Leprosy in India: report of the Leprosy Commission in India, 1890-91
Year: 1890
Disease focus: Leprosy
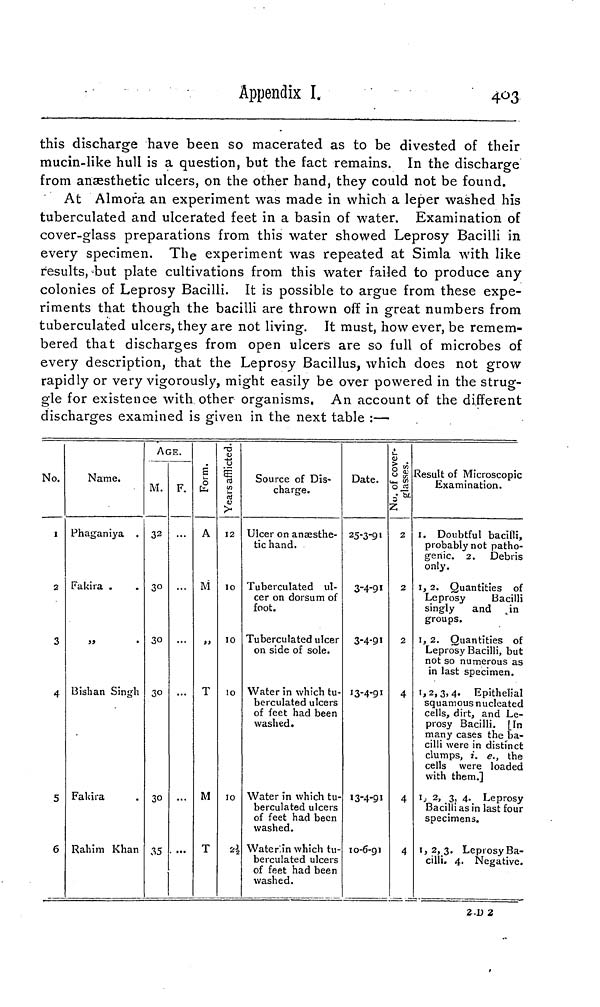
Appendix I.
403
this discharge have been so macerated as to be divested of their
mucin-like hull is a question, but the fact remains. In the discharge
from anaesthetic ulcers, on the other hand, they could not be found.
At Almora an experiment was made in which a leper washed his
tuberculated and ulcerated feet in a basin of water. Examination of
cover-glass preparations from this water showed Leprosy Bacilli in
every specimen. The experiment was repeated at Simla with like
results, but plate cultivations from this water failed to produce any
colonies of Leprosy Bacilli. It is possible to argue from these expe-
riments that though the bacilli are thrown off in great numbers from
tuberculated ulcers, they are not living. It must, however, be remem-
bered that discharges from open ulcers are so full of microbes of
every description, that the Leprosy Bacillus, which does not grow
rapidly or very vigorously, might easily be over powered in the strug-
gle for existence with other organisms. An account of the different
discharges examined is given in the next table :—
No.
1
2
3
4
5
6
Name.
Phaganiya
Fakira .
Bishan Singh
Fakira
Rahim Khan
AGE.
M.
32
30
30
30
30
35
F.
...
• •••
Form.
A
M
,,
T
M
T
Years afflicted.
12
10
10
10
10
Source of Dis-
charge.
Ulcer on anaesthe-
tic hand.
Tuberculated ul-
cer on dorsum of
foot.
Tuberculated ulcer
on side of sole.
Water in which tu-
berculated ulcers
of feet had been
washed.
Water in which tu-
berculated ulcers
of feet had been
washed.
Water in which tu-
berculated ulcers
of feet had been
washed.
Date.
25-3-91
3-4-91
3-4-91
13-4-91
13-4-91
10-6-91
No. of cover glasses.
2
2
2
4
4
4
Result of Microscopic
Examination.
1. Doubtful bacilli,
probably not patho-
genic. 2. Debris
only.
1, 2. Quantities of
Leprosy
Bacilli
singly
and in
groups.
1, 2. Quantities of
Leprosy Bacilli, but
not so numerous as
in last specimen.
1, 2, 3, 4. Epithelial
squamous nucleated
cells, dirt, and Le-
prosy Bacilli. [In
many cases the ba-
cilli were in distinct
clumps, i. e., the
cells were loaded
with them.]
1, 2, 3, 4, Leprosy
Bacilli as in last four
specimens.
1, 2, 3. Leprosy Ba-
cilli. 4. Negative.
2.D 2